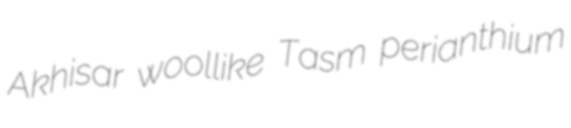
Akhisar woollike Tasm perianthium